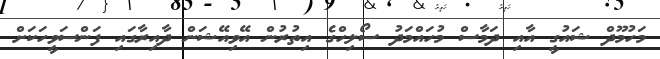
މަހުމޫދް ޝައުގީ އާއި ދަމާސް މުހައްމަދު ސޯލިހްގެ އިތުރުން އޭވިއޭޝަން ދާއިރާގައި ފަންސަވީހަކަށް